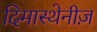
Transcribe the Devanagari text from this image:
दिमास्थेनीज़